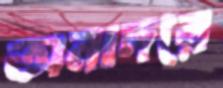
অনাদরে